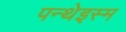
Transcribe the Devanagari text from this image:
पन्थेइस्म